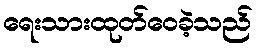
ရေးသားထုတ်ဝေခဲ့သည်